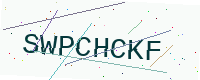
Text: SWPCHCKF